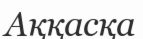
Аққасқа